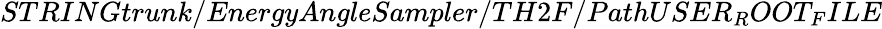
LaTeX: STRINGtrunk/EnergyAngleSampler/TH2F/PathUSER_{R}OOT_{F}ILE